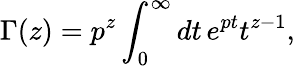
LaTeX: \Gamma(z)=p^{z}\int_{0}^{\infty}dt\, e^{pt}t^{z-1},